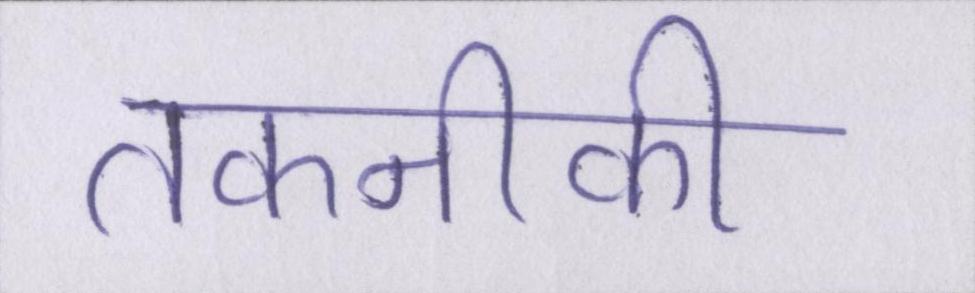
तकनीकी